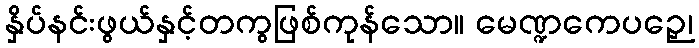
နှိပ်နင်းဖွယ်နှင့်တကွဖြစ်ကုန်သော။ မေဏ္ဍကေပဉှေ၊